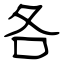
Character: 各